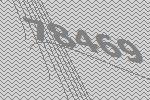
78469